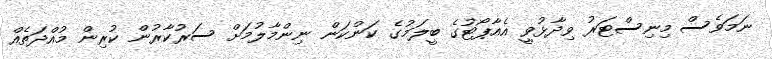
ނަމަވެސް މިނިސްޓަރު ވިދާޅުވީ އެއާޕޯޓުގެ ބީލަމުގެ ކަންކަން ނިންމާލުމަށް ސަރުކާރުން ކުރިން މުއްދަތެއް